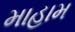
માહામ